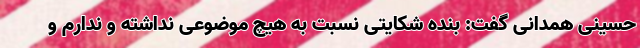
حسینی همدانی گفت: بنده شکایتی نسبت به هیچ موضوعی نداشته و ندارم و